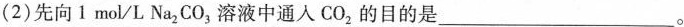
2)先向1mol/L Na_{2}CO_{3}溶液中通人CO_{2}的目的是 ___。